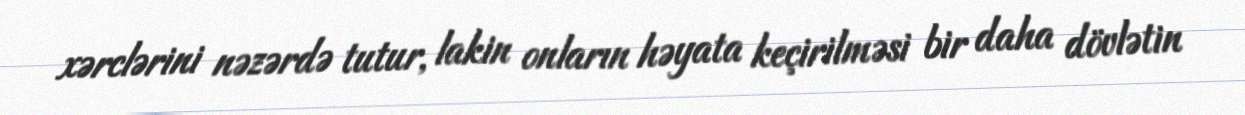
xərclərini nəzərdə tutur, lakin onların həyata keçirilməsi bir daha dövlətin